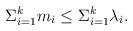
LaTeX: \begin{align*}\Sigma_{i=1}^k m_i \leq \Sigma_{i=1}^k \lambda_i.\end{align*}